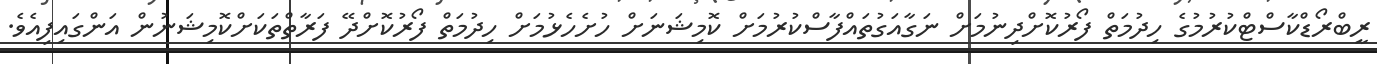
ރީބްރޯޑްކާސްޓްކުރުމުގެ ހިދުމަތް ފޯރުކޮށްދިނުމަށް ނަގާއަގުތައްފާސްކުރުމަށް ކޮމިޝަނަށް ހުށެހެޅުމަށް ހިދުމަތް ފޯރުކޮށްދޭ ފަރާތްތަކަށްކޮމިޝަނުން އަންގައިފިއެވެ.